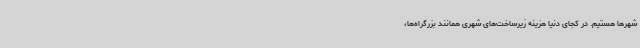
شهرها هستیم. در کجای دنیا هزینه زیرساخت‌های شهری همانند بزرگراه‌ها،